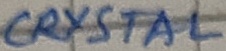
Text: CRYSTAL